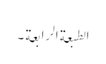
الطبعة الرابعة ۔